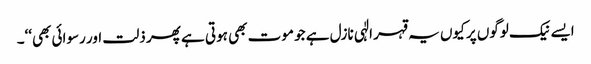
ایسے نیک لوگوں پر کیوں یہ قہر الٰہی نازل ہے جو موت بھی ہوتی ہے پھر ذلت اور رسوائی بھی‘‘۔